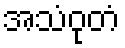
အသံဝုတံ